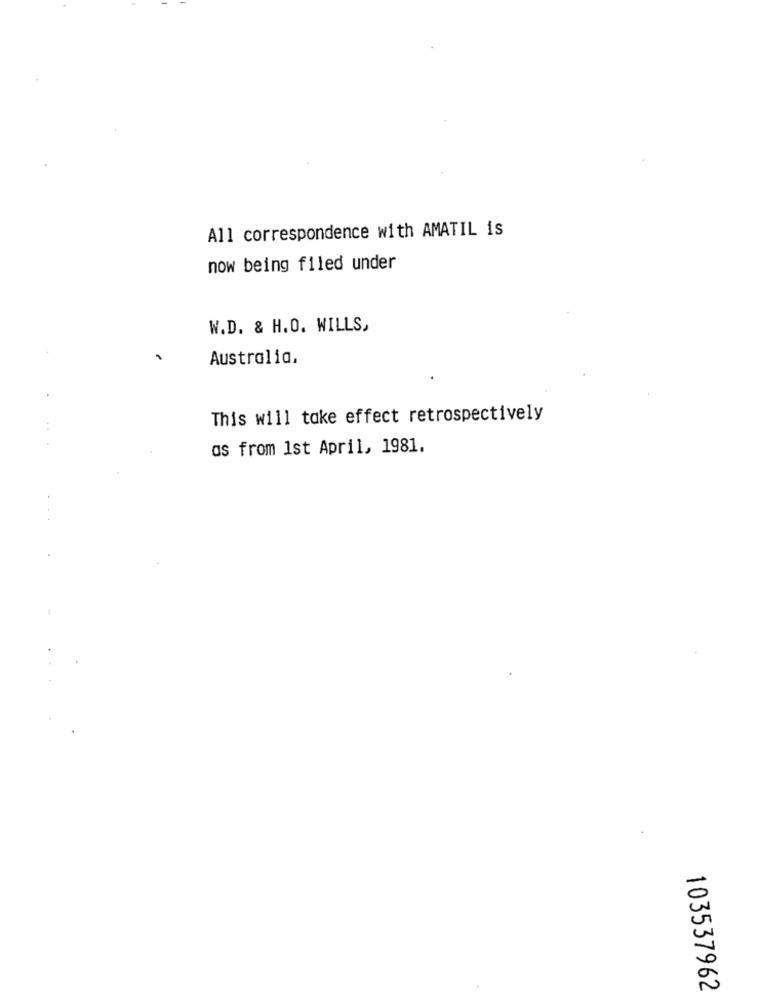
All correspondence with AMATIL is
now being filed under
W.D. & H.O. WILLS,
Australia,
This will take effect retrospectively
as from 1st April, 1981.
103537962